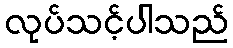
လုပ်သင့်ပါသည်